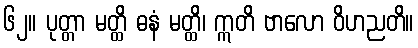
၆၂။ ပုတ္တာ မတ္ထိ ဓနံ မတ္ထိ၊ ဣတိ ဗာလော ဝိဟညတိ။